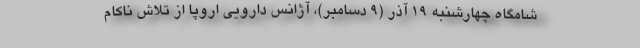
شامگاه چهارشنبه ۱۹ آذر (۹ دسامبر)، آژانس دارویی اروپا از تلاش ناکام